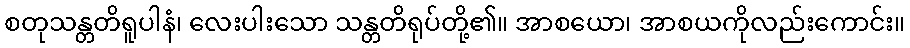
စတုသန္တတိရူပါနံ၊ လေးပါးသော သန္တတိရုပ်တို့၏။ အာစယော၊ အာစယကိုလည်းကောင်း။